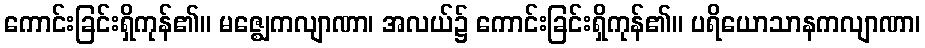
ကောင်းခြင်းရှိကုန်၏။ မဇ္ဈေကလျာဏာ၊ အလယ်၌ ကောင်းခြင်းရှိကုန်၏။ ပရိယောသာနကလျာဏာ၊